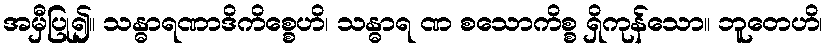
အမှီပြု၍။ သန္ဓာရဏာဒိကိစ္စေဟိ၊ သန္ဓာရ ဏ စသောကိစ္စ ရှိကုန်သော။ ဘူတေဟိ၊